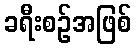
ခရီးစဉ်အဖြစ်